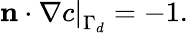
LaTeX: \left.\mathbf{n}\cdot\nabla c\right|_{\Gamma_{d}}=-1.